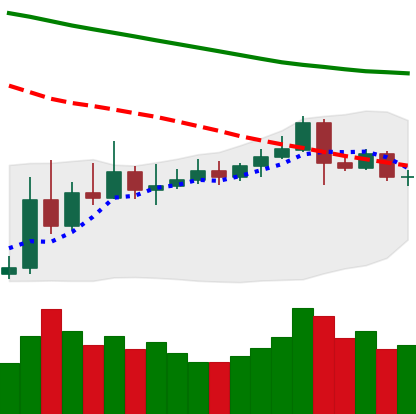
Ticker: ETC-USD
Chart end date: 2019-11-12
Forward return: -5.196%
Label: down_5_7